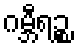
ဂမ္ဘီရဉ္စ